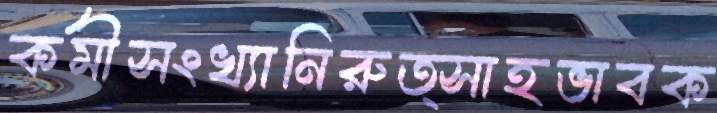
কর্মীসংখ্যানিরুত্সাহভাবক